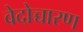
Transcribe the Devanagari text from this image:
वेदोच्चारण